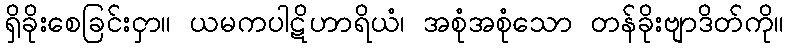
ရှိခိုးစေခြင်းငှာ။ ယမကပါဋိဟာရိယံ၊ အစုံအစုံသော တန်ခိုးဗျာဒိတ်ကို။